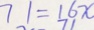
7 1 = 1 6 x